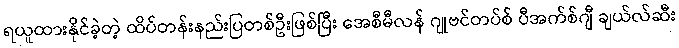
ရယူထားနိုင်ခဲ့တဲ့ ထိပ်တန်းနည်းပြတစ်ဦးဖြစ်ပြီး အေစီမီလန် ဂျုဗင်တပ်စ် ပီအက်စ်ဂျီ ချယ်လ်ဆီး